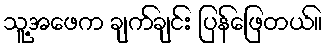
သူ့အဖေက ချက်ချင်း ပြန်ဖြေတယ်။